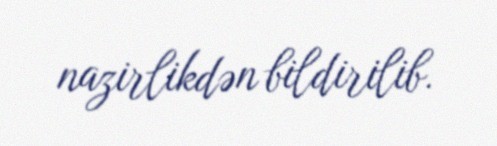
nazirlikdən bildirilib.